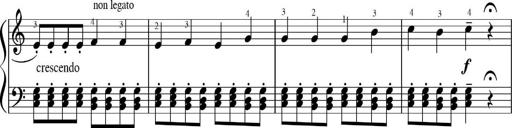
Title: Sonatinas
Composer: Andrew Violette